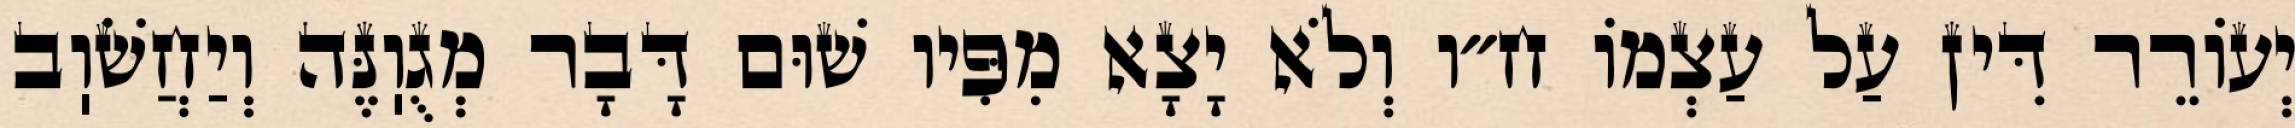
יְעוֹרֵר דִּין עַל עַצְמוֹ ח״ו וְלֹא יָצָא מִפִּיו שׁוּם דָּבָר מְגֻוֽנֶּה וְיַחֲשֹׁוֽב